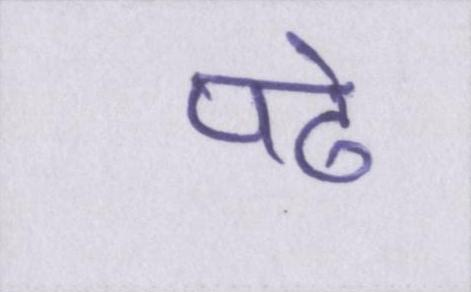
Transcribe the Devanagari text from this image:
पढे